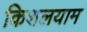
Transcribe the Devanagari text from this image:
किशलयाम